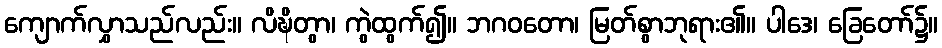
ကျောက်လွှာသည်လည်း။ လိဍ္ဎိတွာ၊ ကွဲထွက်၍။ ဘဂဝတော၊ မြတ်စွာဘုရား၏။ ပါဒေ၊ ခြေတော်၌။